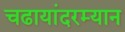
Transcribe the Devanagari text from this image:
चढायांदरम्यान